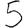
Digit: 5